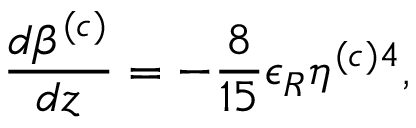
\frac { d \beta ^ { ( c ) } } { d z } = - \frac { 8 } { 1 5 } \epsilon _ { R } \eta ^ { ( c ) 4 } ,